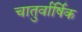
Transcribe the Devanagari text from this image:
चातुर्वार्षिक